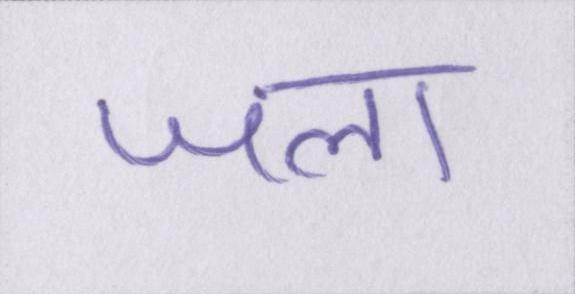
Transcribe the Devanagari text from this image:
जला